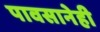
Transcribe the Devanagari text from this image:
पावसानेही